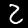
Digit: 2